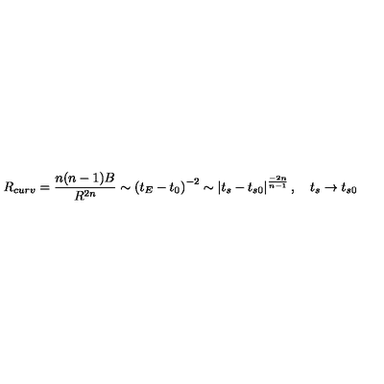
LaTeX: R _ { c u r v } = \frac { n ( n - 1 ) B } { R ^ { 2 n } } \sim \left( t _ { E } - t _ { 0 } \right) ^ { - 2 } \sim \left| t _ { s } - t _ { s 0 } \right| ^ { \frac { - 2 n } { n - 1 } } , \quad t _ { s } \rightarrow t _ { s 0 }